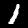
Label: 1